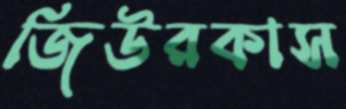
জিউরকাস